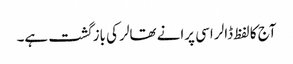
آج کا لفظ ڈالر اسی پرانے تھالر کی بازگشت ہے۔